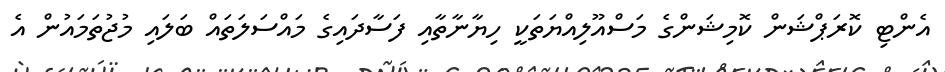
އެންޓި ކޮރަޕްޝަން ކޮމިޝަންގެ މަސްއޫލިއްޔަތަކީ ހިޔާނާތާއި ފަސާދައިގެ މައްސަލަތައް ބަލައި މުޖުތަމައުން އެ